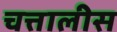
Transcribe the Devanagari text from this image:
चत्तालीस